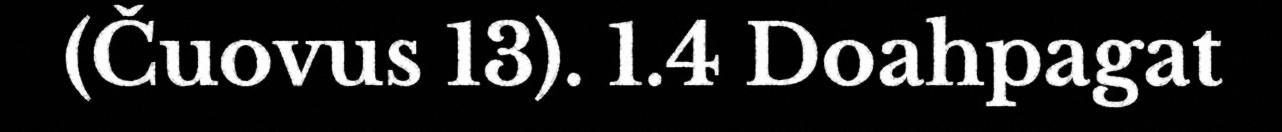
(Čuovus 13). 1.4 Doahpagat